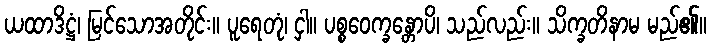
ယထာဒိဋ္ဌံ၊ မြင်သောအတိုင်း။ ပူရေတုံ၊ ငှါ။ ပစ္စဝေက္ခန္တောပိ၊ သည်လည်း။ သိက္ခတိနာမ မည်၏။